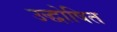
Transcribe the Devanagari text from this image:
उद्धोषित